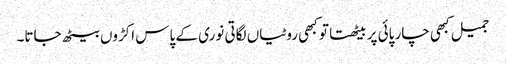
جمیل کبھی چار پائی پر بیٹھتا تو کبھی روٹیاں لگاتی نوری کے پاس اکڑوں بیٹھ جاتا۔